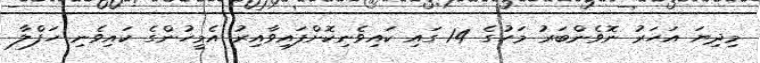
މިދިޔަ އަހަރު ނޮވެންބަރު މަހުގެ 14 ގައި ކައިވެނިކޮށްފައިވާއިރު އެމީހުންގެ ކައިވެނި ހަފްލާ